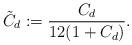
LaTeX: \begin{align*}\tilde{C}_d:=\frac{C_d}{12(1+C_d)}.\end{align*}